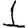
Digit: 1